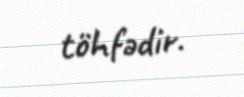
töhfədir.